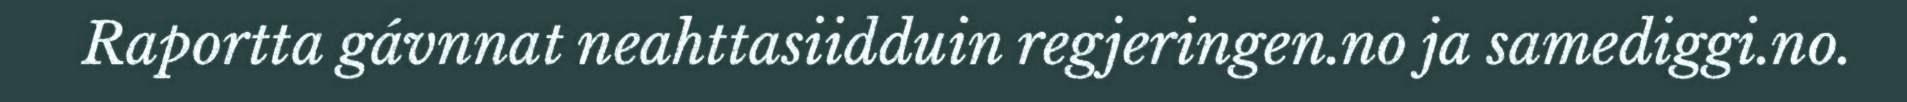
Raportta gávnnat neahttasiidduin regjeringen.no ja samediggi.no.